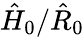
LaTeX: \hat{H}_{0}/\hat{R}_{0}